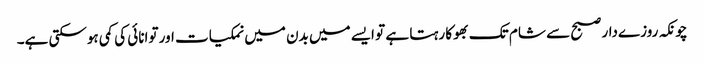
چونکہ روزےدار صبح سے شام تک بھوکا رہتا ہے تو ایسے میں بدن میں نمکیات اور توانائی کی کمی ہوسکتی ہے۔